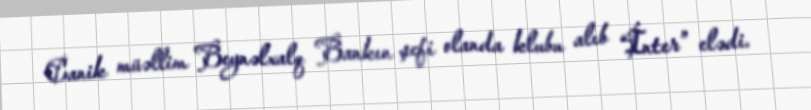
Canik müəllim Beynəlxalq Bankın şefi olanda klubu alıb “İnter” elədi.